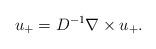
LaTeX: \begin{align*}u_+ = D^{-1}\nabla\times u_+.\end{align*}